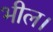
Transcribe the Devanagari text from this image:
भील।